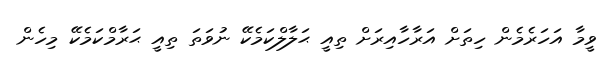
ވީމާ އަހަރެމެން ހިތަށް އަރާހާއިރަށް ތިއީ ޙަލާލްކަމެކޭ ނުވަތަ ތިއީ ޙަރާމްކަމެކޭ މިހެން